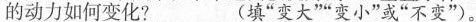
的动力如何变化? (填”变大””变小”或”不变”。